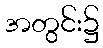
အတွင်း၌